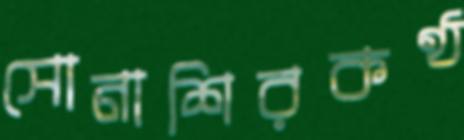
সোনাশিরকণ্ঠ